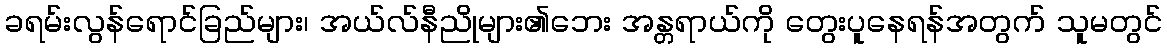
ခရမ်းလွန်ရောင်ခြည်များ၊ အယ်လ်နီညိုများ၏ဘေး အန္တရာယ်ကို တွေးပူနေရန်အတွက် သူမတွင်